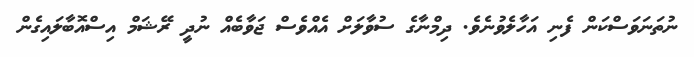
ނުތަނަވަސްކަން ފެނި އަހާލެވުނެވެ. ދިމްނާގެ ސުވާލަށް އެއްވެސް ޖަވާބެއް ނުދީ ރޭޝަމް އިސްއޮބާލައިގެން